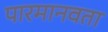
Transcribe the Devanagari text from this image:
पारमानवता